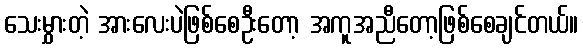
သေးမွှားတဲ့ အားလေးပဲဖြစ်စေဦးတော့ အကူအညီတော့ဖြစ်စေချင်တယ်။